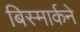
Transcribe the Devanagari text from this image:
बिस्मार्कने